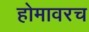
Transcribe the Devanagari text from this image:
होमावरच